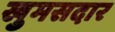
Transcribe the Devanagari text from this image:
खुमसदार